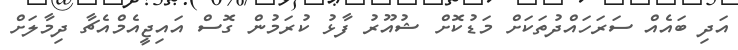
އަދި ބައެއް ސަރަހައްދުތަކަށް މަޑުކޮށް ޝުއޫރު ފާޅު ކުރަމުން ގޮސް އައިޖީއެމްއެޗާ ދިމާލަށް